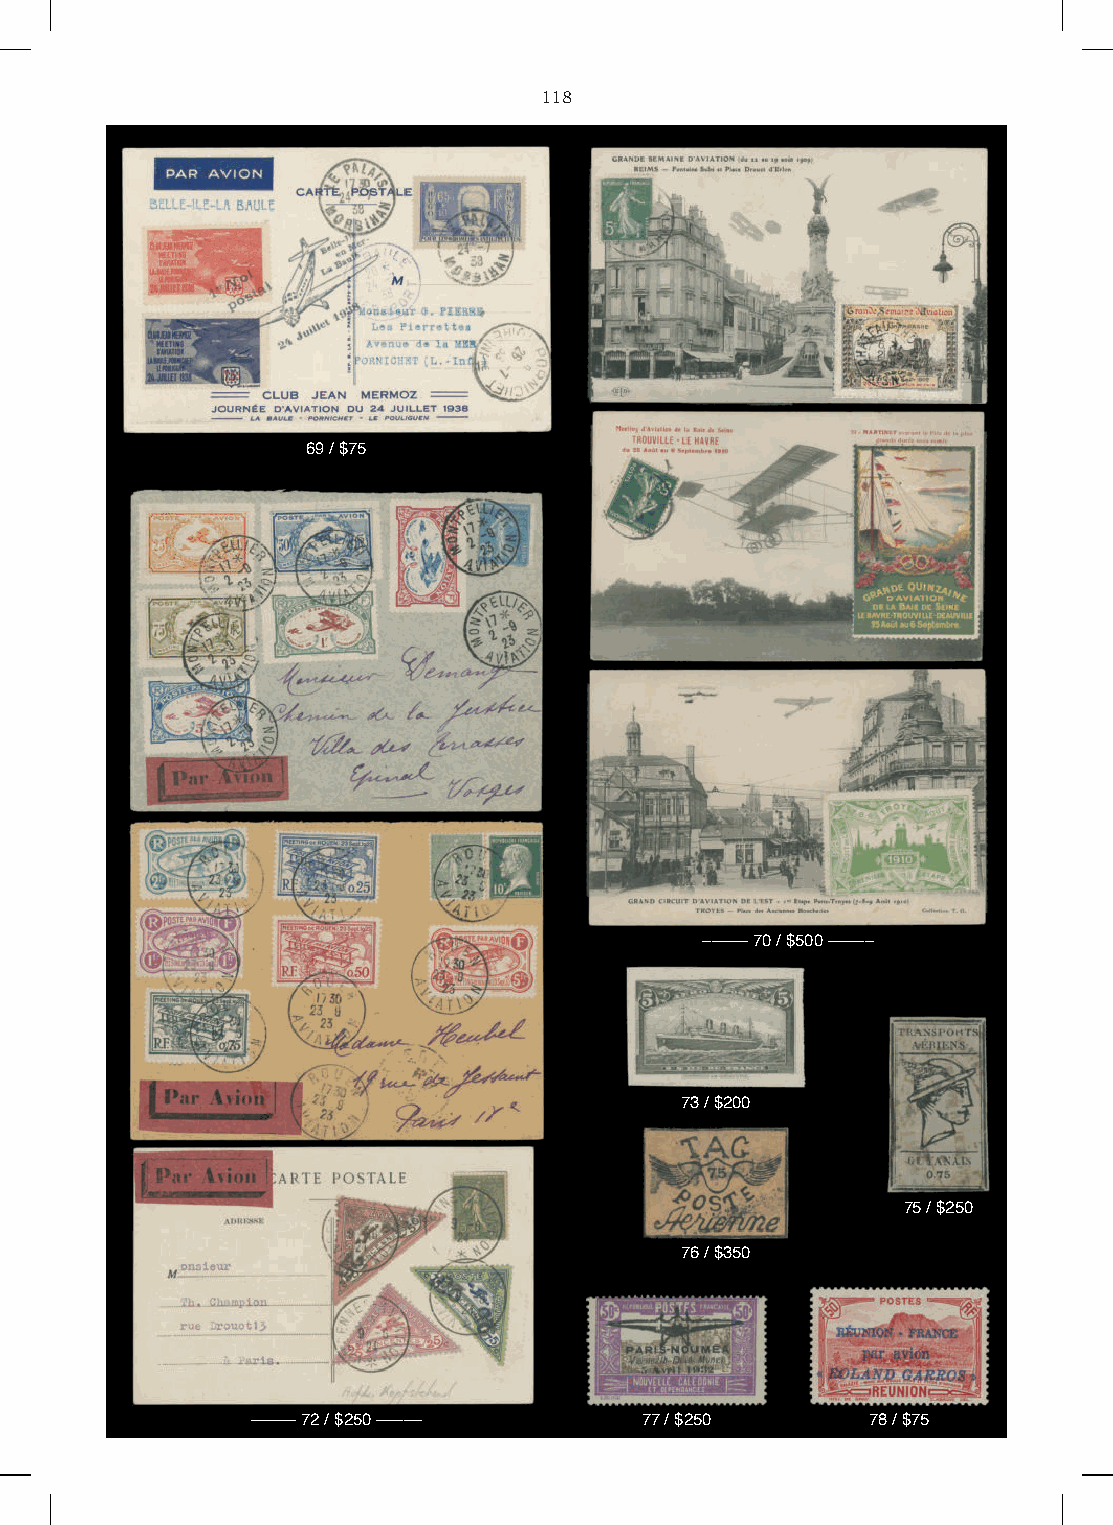
118
 69 / $75
 ––––– 70 / $500 –––––
 73 / $200
 75 / $250
 76 / $350
 ––––– 72 / $250 –––––    77 / $250       78 / $75